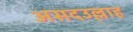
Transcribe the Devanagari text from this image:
असदउल्लाह